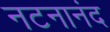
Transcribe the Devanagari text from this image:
नटनानंद